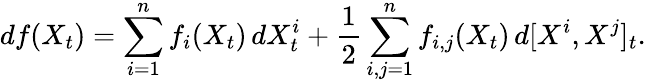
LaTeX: df(X_{t})=\sum_{i=1}^{n}f_{i}(X_{t})\, dX_{t}^{i}+{\frac{1}{2}}\sum_{i,j=1}^{n}f_{i,j}(X_{t})\, d[X^{i},X^{j}]_{t}.